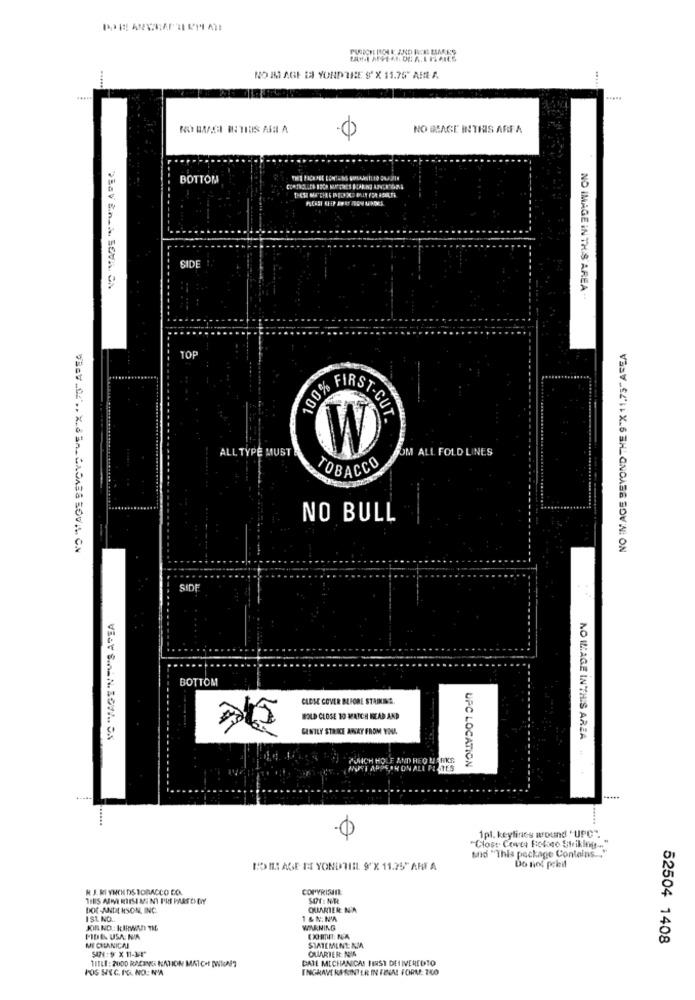
.....
NO IM AGE DI YORDTICE S' X 11.75" ARIA
.....
NO BASE INTHIS AREA
0
BOTTOM
SIDE
DESV En la SEVA CA
NO IMAGE IN THIS AREA --
NO IMAGE BEYOND THE 9"X 11,75"AREA
TOP
100% FIRST-CUT
OM ALL FOLD LINES
ALL TYPE MUST
TORACCO
NO BULL
VicV_02 ., XBSA_ CAOASS SOVI CM
SIDE
BOTTOM
CLOSE COVER BEFORE STRIKING.
BOLD CLOSE TO MATCH HEAD AND
GENTLY STRIKE AWAY FROM YOU.
PONICH HOLE AND REO UERKS
MONTI APOETH ON ALL PLATES
UPC LOCATION
NO ILAGE INTHIS AREA ...
1pl. keylines around .UPC".
"Clost. Coate Ficlose Striking -..
und "This package Contains ...
BO IMAGE ET YONDTHEL. 9"X 11.25" ART A
Do not peleif
R J. RI YNCN DS TOBACCO CO
COPYRISIE
DOC-ANDERSON, INC
QUARTER NA
ISL NO ..
1 & N: NW
JOR NO .: KIRWAN ME
WARNING
PIDE USA: N/A
52504 1408
ME CHANICAL
SAN : 9 X 11-3/4"
QUARTER NIA
SIMIEMINE AMA
TITLE : 2000 RACING NATION MATCHE DAIGNE?
DATE MECHANICAL FIRST DELIVEREDTO
FOS SIEC. PG. NO: N'A
INGHAMERARINTER IN FINAL FORM: 760